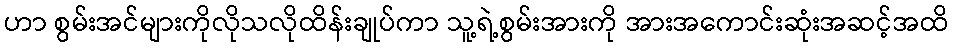
ဟာ စွမ်းအင်များကိုလိုသလိုထိန်းချုပ်ကာ သူ့ရဲ့စွမ်းအားကို အားအကောင်းဆုံးအဆင့်အထိ